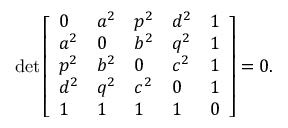
\operatorname* { d e t } { \left[ \begin{array} { l l l l l } { 0 } & { a ^ { 2 } } & { p ^ { 2 } } & { d ^ { 2 } } & { 1 } \\ { a ^ { 2 } } & { 0 } & { b ^ { 2 } } & { q ^ { 2 } } & { 1 } \\ { p ^ { 2 } } & { b ^ { 2 } } & { 0 } & { c ^ { 2 } } & { 1 } \\ { d ^ { 2 } } & { q ^ { 2 } } & { c ^ { 2 } } & { 0 } & { 1 } \\ { 1 } & { 1 } & { 1 } & { 1 } & { 0 } \end{array} \right] } = 0 .